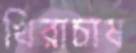
খিরাচাষ